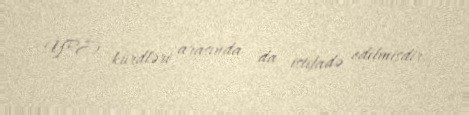
(YPJ) kürdləri arasında da istifadə edilmişdir.